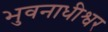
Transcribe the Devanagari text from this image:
भुवनाधीश्वर